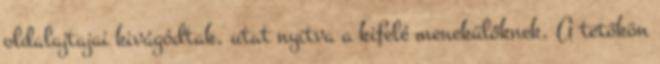
oldalajtajai kivágódtak, utat nyitva a kifelé menekülőknek. A tetőkön